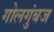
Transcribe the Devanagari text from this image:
गोलगुंबज